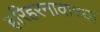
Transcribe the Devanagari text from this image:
हरिहरनावाच्या